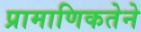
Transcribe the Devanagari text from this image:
प्रामाणिकतेने